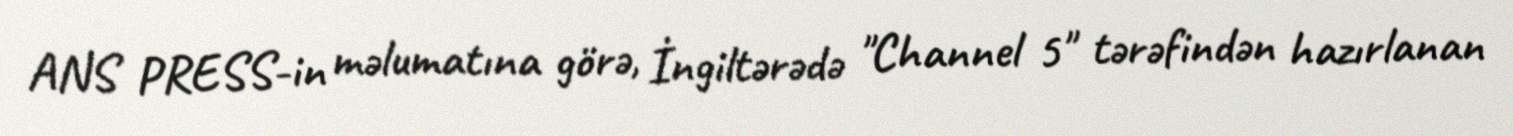
ANS PRESS-in məlumatına görə, İngiltərədə "Channel 5" tərəfindən hazırlanan